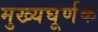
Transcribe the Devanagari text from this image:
मुख्यघूर्णक